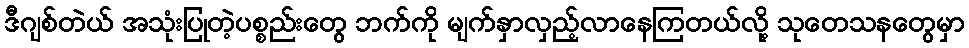
ဒီဂျစ်တဲယ် အသုံးပြုတဲ့ပစ္စည်းတွေ ဘက်ကို မျက်နှာလှည့်လာနေကြတယ်လို့ သုတေသနတွေမှာ